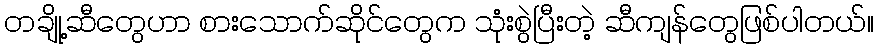
တချို့ဆီတွေဟာ စားသောက်ဆိုင်တွေက သုံးစွဲပြီးတဲ့ ဆီကျန်တွေဖြစ်ပါတယ်။